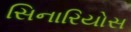
સિનારિયોસ